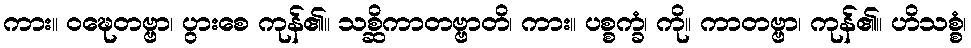
ကား။ ဝဍ္ဎေတဗ္ဗာ၊ ပွားစေ ကုန်၏။ သစ္ဆိကာတဗ္ဗာတိ၊ ကား။ ပစ္စက္ခံ၊ ကို။ ကာတဗ္ဗာ၊ ကုန်၏။ ဟိသစ္စံ၊